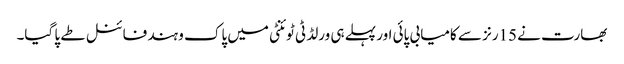
بھارت نے 15رنز سے کامیابی پائی اور پہلے ہی ورلڈ ٹی ٹوئنٹی میں پاک و ہند فائنل طے پا گیا۔